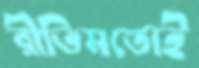
রীতিমতোই